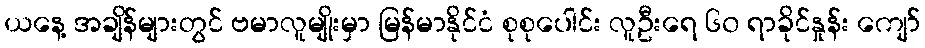
ယနေ့ အချိန်များတွင် ဗမာလူမျိုးမှာ မြန်မာနိုင်ငံ စုစုပေါင်း လူဦးရေ ၆၀ ရာခိုင်နှုန်း ကျော်